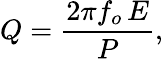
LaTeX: Q={\frac{2\pi f_{o}\, E}{P}},